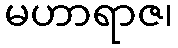
မဟာရာဇ၊